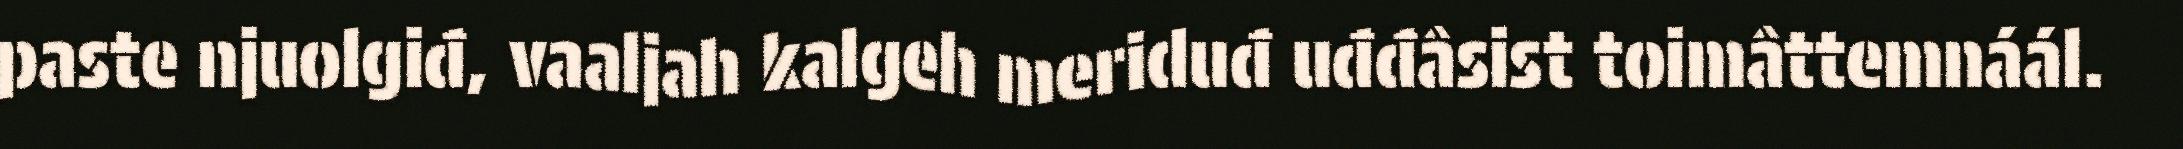
paste njuolgiđ, vaaljah kalgeh meriduđ uđđâsist toimâttemnáál.